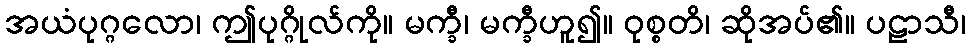
အယံပုဂ္ဂလော၊ ဤပုဂ္ဂိုလ်ကို။ မက္ခီ၊ မက္ခီဟူ၍။ ဝုစ္စတိ၊ ဆိုအပ်၏။ ပဠာသီ၊